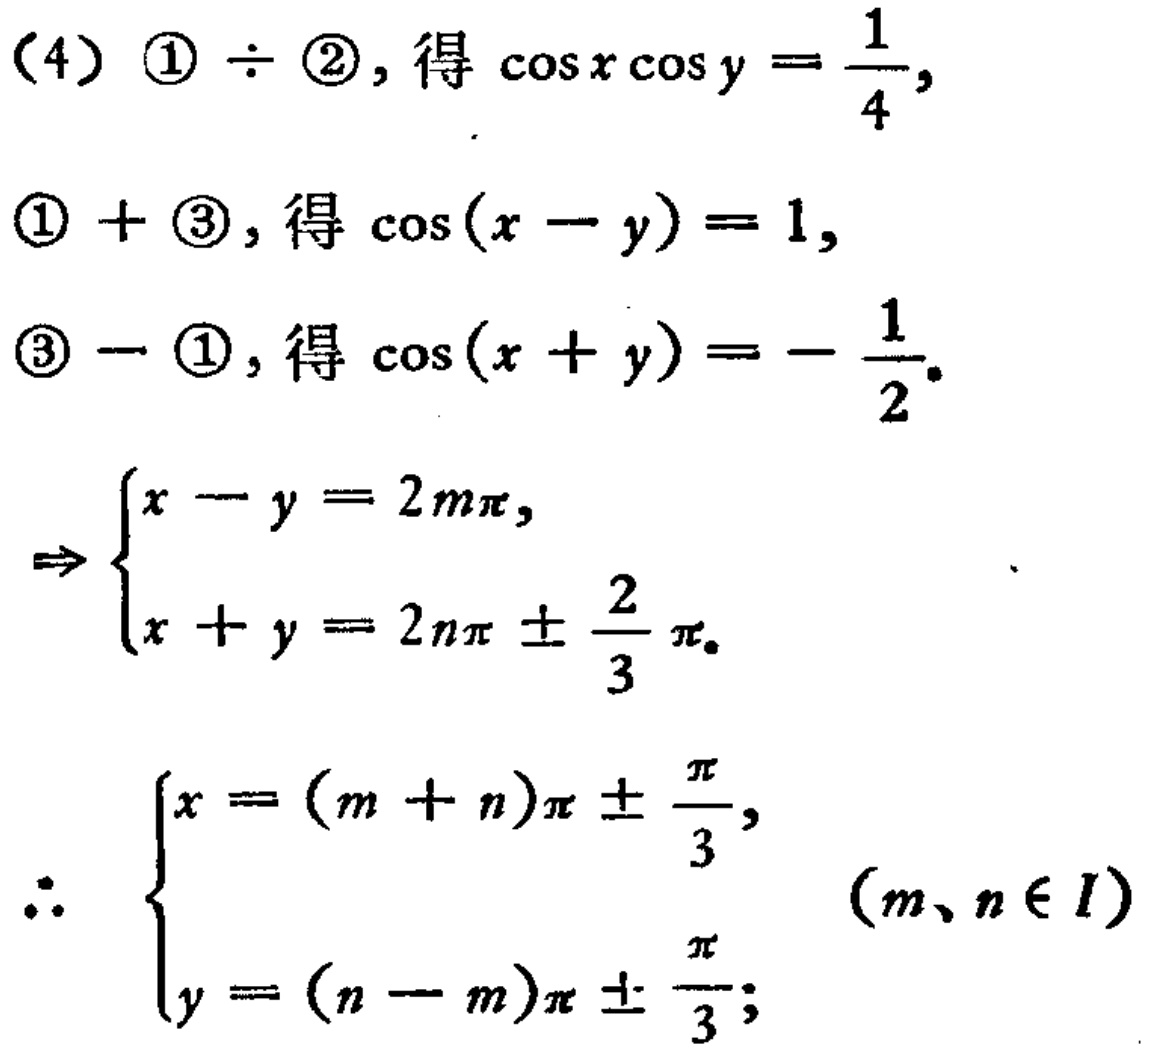
（4）\textcircled{1} $\div$ \textcircled{2}, 得 $\cos x\cos y = \frac{1}{4}$,
\textcircled{1} + \textcircled{3}, 得 $\cos(x - y) = 1$,
\textcircled{3} - \textcircled{1}, 得 $\cos(x + y) = - \frac{1}{2}$.
$\Rightarrow \begin{cases}
x - y = 2m\pi, \\
x + y = 2n\pi \pm \frac{2}{3}\pi.
\end{cases}$
$\therefore \begin{cases}
x = (m + n)\pi \pm \frac{\pi}{3}, \\
y = (n - m)\pi \pm \frac{\pi}{3};
\end{cases}$ $(m、n \in I)$